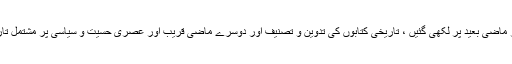
ایک ماضی اور ماضی بعید پر لکھی گئیں ، تاریخی کتابوں کی تدوین و تصنیف اور دوسرے ماضی قریب اور عصری حسیت و سیاسی پر مشتمل تاریخی تصانیف ۔